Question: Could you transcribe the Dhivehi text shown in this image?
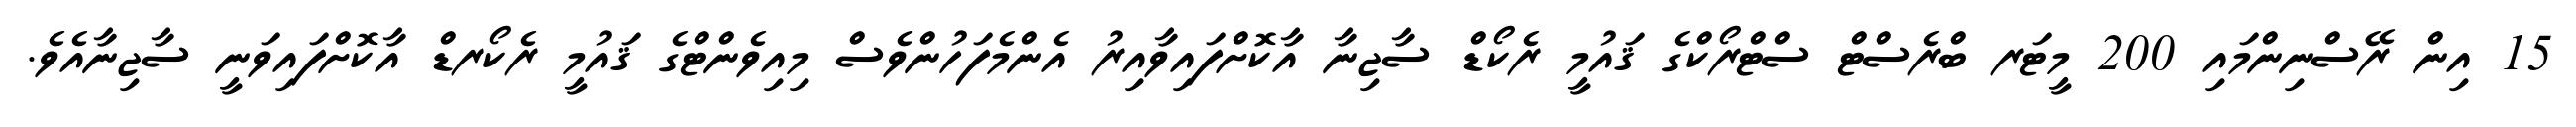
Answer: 15 އިން ރޭސްނިންމައި 200 މީޓަރ ބްރެސްޓް ސްޓްރޯކްގެ ޤައުމީ ރެކޯޑް ސާޖިނާ އާކޮށްފައިވާއިރު އެންމެފަހުންވެސް މިއިވެންޓްގެ ޤައުމީ ރެކޯރޑް އާކޮށްފައިވަނީ ސާޖިނާއެވެ.